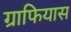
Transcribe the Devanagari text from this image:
ग्राफियास